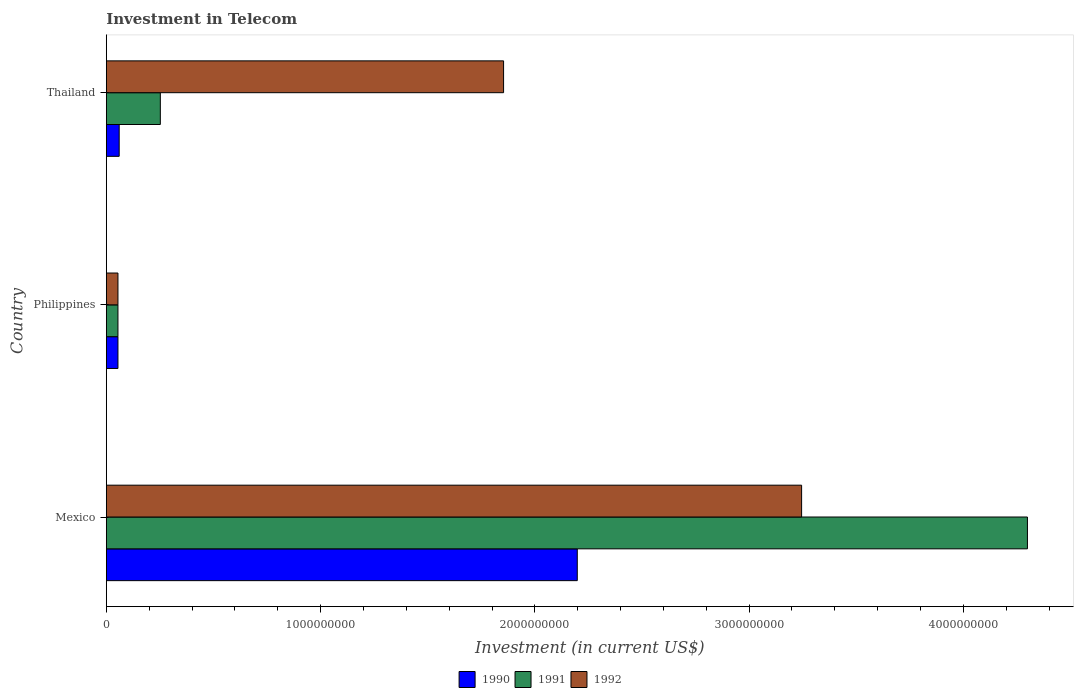
| Country | 1990 | 1991 | 1992 |
 | --- | --- | --- | --- |
 | Mexico | 2.2e+09 | 4.3e+09 | 3.24e+09 |
 | Philippines | 5.42e+07 | 5.42e+07 | 5.42e+07 |
 | Thailand | 6e+07 | 2.52e+08 | 1.85e+09 |